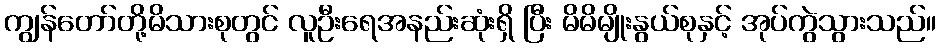
ကျွန်တော်တို့မိသားစုတွင် လူဦးရေအနည်းဆုံးရှိ ပြီး မိမိမျိုးနွယ်စုနှင့် အုပ်ကွဲသွားသည်။